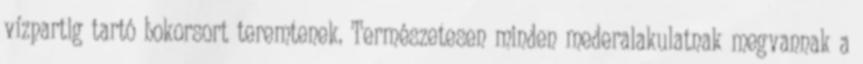
vízpartig tartó bokorsort teremtenek. Természetesen minden mederalakulatnak megvannak a